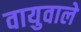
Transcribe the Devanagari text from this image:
वायुवाले